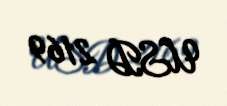
USD 2169